Lunatic asylums Punjab 1881-1894 - 1881-1894
Year: 1881
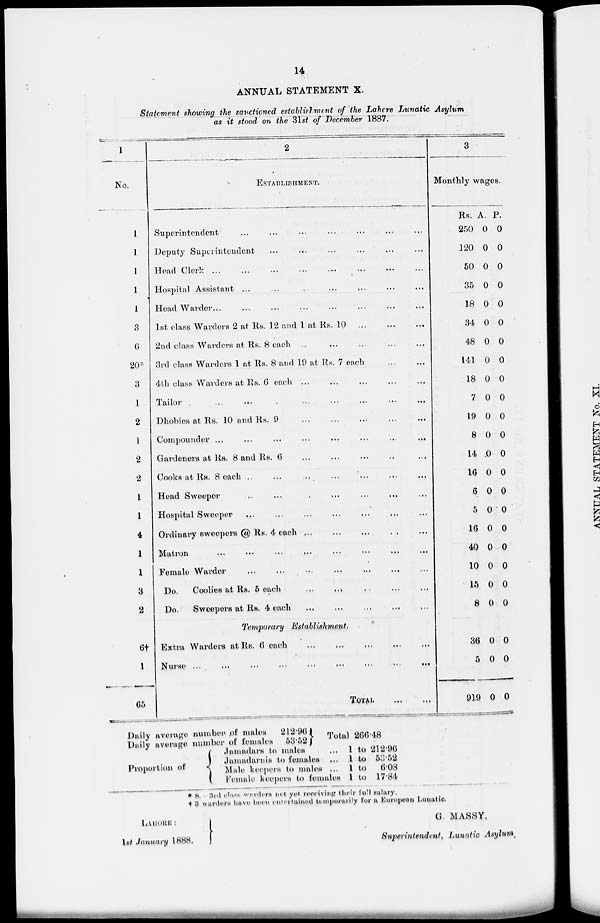
14
ANNUAL STATEMENT X.
Statement showing the sanctioned establishment of the Lahore Lunatic Asylum
as it stood on the 31st of December 1887.
1
No.
1
1
1
1
1
3
6
20*
3
1
2
1
2
2
1
1
4
1
1
3
2
6†
1
65
2
ESTABLISHMENT.
Superintendent ... ... ... ... ... ...
Deputy Superintendent ... ... ... ... ... ...
Head Clerk
...
...
...
...
...
...
Hospital Assistant ... ... ... ... ... ...
Head Warder ... ... ... ... ... ...
1st class Warders 2 at Rs. 12 and 1 at Rs. 10 ... ... ... ...
2nd class Warders at Rs. 8 each ... ... ... ... ... ...
3rd class Warders 1 at Rs. 8 and 19 at Rs. 7 each ... ...
4th class Warders at Rs. 6 each ... ... ... ... ... ...
Tailor
...
...
...
...
...
...
Dhobies at Rs. 10 and Rs. 9
...
...
...
...
...
...
Compounder
...
...
...
...
...
...
Gardeners at Rs. 8 and Rs. 6 ... ... ... ... ... ...
Cooks at Rs. 8 each ... ... ... ... ... ...
Head Sweeper ... ... ... ... ... ...
Hospital Sweeper ... ... ... ... ... ...
Ordinary sweepers @ Rs. 4 each ... ... ... ... ... ...
Matron ... ... ... ... ... ...
Female Warder ... ... ... ... ... ...
Do.
Coolies at Rs. 5 each ... ... ... ... ... ...
Do.
Sweepors at Rs. 4 each ... ... ... ... ... ...
Temporary Establishment.
Extra Warders at Rs. 6 each ... ... ... ... ... ...
Nurse
...
...
...
...
...
...
TOTAL ... ...
3
Monthly Wages.
Rs.
250
120
50
35
18
34
48
141
18
7
19
8
14
16
6
5
16
40
10
15
8
36
5
919
A.
0
0
0
0
0
0
0
0
0
0
0
0
0
0
0
0
0
0
0
0
0
0
0
0
P.
0
0
0
0
0
0
0
0
0
0
0
0
0
0
0
0
0
0
0
0
0
0
0
0
Daily average number of males 212.96
Daily average number of females
53.52
Proportion of
Total 266.48
Jamadars to males
...
Jamadarnis to females ...
Male keepers to males ...
Female keepers to females
1
1
1
1
to
to
to
to
212.96
53.52
6.08
17.84
*8. 3rd class warders not yet receiving their full salary.
† 3 warders have been entertained temporarily for a European Lunatic.
LAHORE :
1st January 1888.
G. MASSY,
Superintendent, Lunatic Asylum.